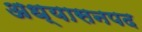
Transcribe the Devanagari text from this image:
अध्यासनपद